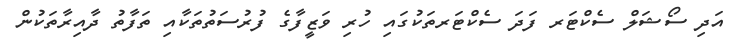
އަދި ސޯޝަލް ސެކްޓަރ ފަދަ ސެކްޓަރތަކުގައި ހުރި ވަޒީފާގެ ފުރުސަތުތަކާއި ތަފާތު ދާއިރާތަކުން